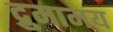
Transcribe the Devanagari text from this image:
द्रुमामय